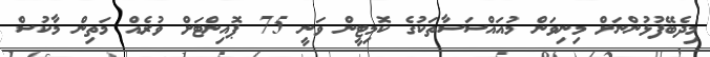
މިދެބޭފުޅުންނަށް މިނިވަން މުއައްސަސާތަކުގެ ކޮމިޓީން ވަނީ 75 ޕޮއިންޓަށް ވުރެއް މަތިން މާކުސް